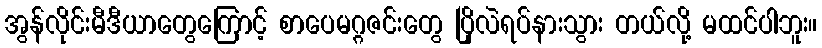
အွန်လိုင်းမီဒီယာတွေကြောင့် စာပေမဂ္ဂဇင်းတွေ ပြိုလဲရပ်နားသွား တယ်လို့ မထင်ပါဘူး။